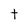
Character: t